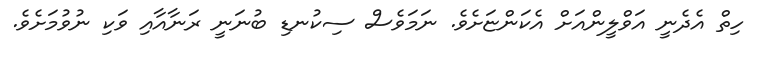
ހިތް އެދެނީ އަވްލީންއަށް އެކަންޏަށެވެ. ނަމަވެސް ސިކުނޑި ބުނަނީ ރަނާއާއި ވަކި ނުވުމަށެވެ.